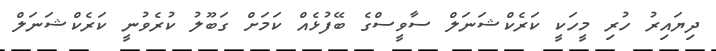
ދިޔައިރު ހުރި މީހަކީ ކަރެކްޝަނަލް ސާވީސްގެ ބޭފުޅެއް ކަމަށް ގަބޫލު ކުރެވުނީ ކަރެކްޝަނަލް